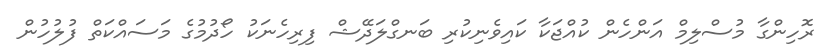
ރޮހިންގާ މުސްލިމް އަންހެން ކުއްޖަކާ ކައިވެނިކުރި ބަނގްލަދޭޝް ފިރިހެނަކު ހޯދުމުގެ މަސައްކަތް ފުލުހުން